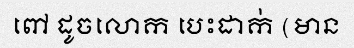
ពៅ ដូចលោក បេះដាក់ (មាន